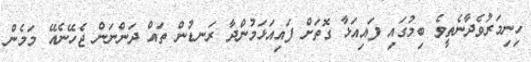
ހިނިމަރުވެދާނެތީވެ ބިމުގައި ފައިއަޅާ ގޮތަށް ފައިއަޅަމުންދާ ރަނޑުން ތައް ދަންނަން ޖެހޭނެއޭ މަމެން